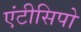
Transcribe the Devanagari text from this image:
एंटीसिपो